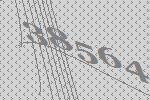
38564